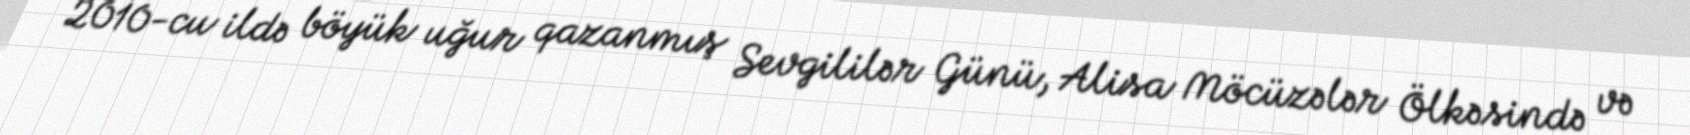
2010-cu ildə böyük uğur qazanmış Sevgililər Günü, Alisa Möcüzələr Ölkəsində və